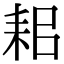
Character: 耜